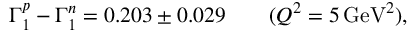
\Gamma _ { 1 } ^ { p } - \Gamma _ { 1 } ^ { n } = 0 . 2 0 3 \pm 0 . 0 2 9 \ \ \ \ \ \ ( Q ^ { 2 } = 5 \, \mathrm { G e V } ^ { 2 } ) ,